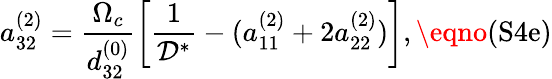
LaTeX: a_{32}^{(2)}=\frac{\Omega_{c}}{d_{32}^{(0)}}\left[\frac{1}{\mathcal{D}^{\ast}}-(a_{11}^{(2)}+2a_{22}^{(2)})\right],\eqno{(\textrm{S4e})}